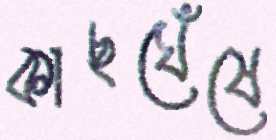
কাছঘেঁষে